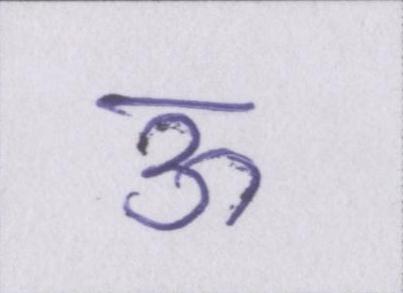
ऊ